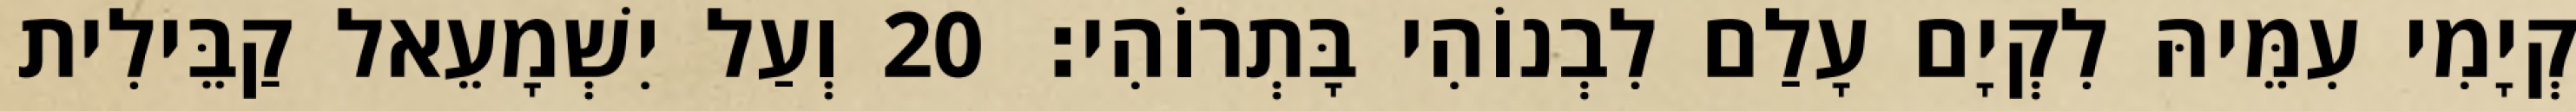
קְיָמִי עִמֵּיהּ לִקְיָם עָלַם לִבְנוֹהִי בָּתְרוֹהִי׃ 20 וְעַל יִשְׁמָעֵאל קַבֵּילִית